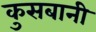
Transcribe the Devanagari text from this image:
कुसबानी